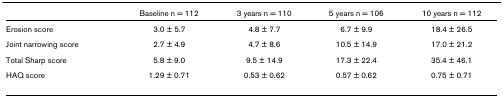
<table><thead><tr><td></td><td><b>Baseline n = 112</b></td><td><b>3 years n = 110</b></td><td><b>5 years n = 106</b></td><td><b>10 years n = 112</b></td></tr></thead><tbody><tr><td>Erosion score</td><td>3.0 ± 5.7</td><td>4.8 ± 7.7</td><td>6.7 ± 9.9</td><td>18.4 ± 26.5</td></tr><tr><td>Joint narrowing score</td><td>2.7 ± 4.9</td><td>4.7 ± 8.6</td><td>10.5 ± 14.9</td><td>17.0 ± 21.2</td></tr><tr><td>Total Sharp score</td><td>5.8 ± 9.0</td><td>9.5 ± 14.9</td><td>17.3 ± 22.4</td><td>35.4 ± 46.1</td></tr><tr><td>HAQ score</td><td>1.29 ± 0.71</td><td>0.53 ± 0.62</td><td>0.57 ± 0.62</td><td>0.75 ± 0.71</td></tr></tbody></table>